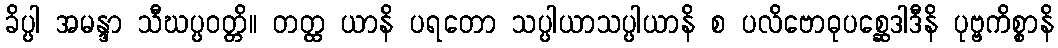
ခိပ္ပါ အမန္ဒာ သီဃပ္ပဝတ္တိ။ တတ္ထ ယာနိ ပရတော သပ္ပါယာသပ္ပါယာနိ စ ပလိဗောဓုပစ္ဆေဒါဒီနိ ပုဗ္ဗကိစ္စာနိ